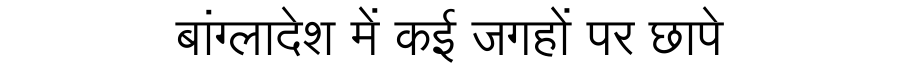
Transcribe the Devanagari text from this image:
बांग्लादेश में कई जगहों पर छापे